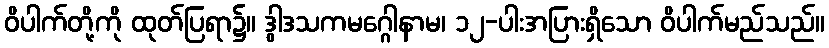
ဝိပါက်တို့ကို ထုတ်ပြရာ၌။ ဒွါဒသကမဂ္ဂေါနာမ၊ ၁၂-ပါးအပြားရှိသော ဝိပါက်မည်သည်။